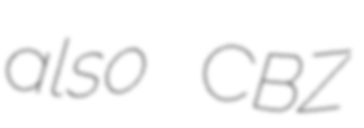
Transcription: also CBZ